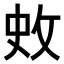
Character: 𭣥